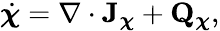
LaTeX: \begin{array}{r}{\dot{\boldsymbol\chi}=\nabla\cdot\mathbf J_{\boldsymbol\chi}+\mathbf Q_{\boldsymbol\chi},}\end{array}